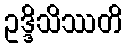
ဥဒ္ဒိသိဿတိ